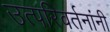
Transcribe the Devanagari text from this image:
उत्परिवर्तनांनी